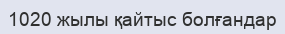
1020 жылы қайтыс болғандар